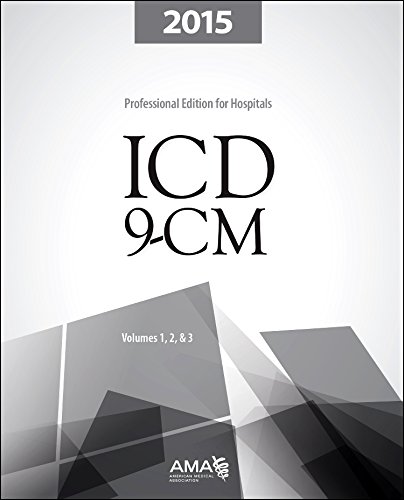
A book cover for ICD-9-CM 2015 Professional Edition for Hospitals, Vols 1,2&3 (ICD-9-CM for Hospitals Vols 1,2&3 Professional Edition, Spir); American Medical Association; Medical Books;